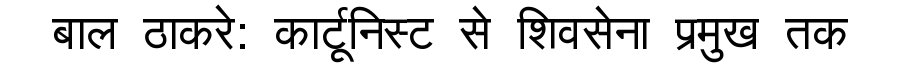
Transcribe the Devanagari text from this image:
बाल ठाकरे: कार्टूनिस्ट से शिवसेना प्रमुख तक